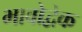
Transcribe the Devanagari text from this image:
भावोद्वेक